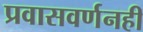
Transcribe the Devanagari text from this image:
प्रवासवर्णनही